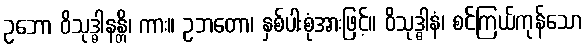
ဥဘော ဝိသုဒ္ဓါနန္တိ၊ ကား။ ဥဘတော၊ နှစ်ပါးစုံအားဖြင့်။ ဝိသုဒ္ဓါနံ၊ စင်ကြယ်ကုန်သော